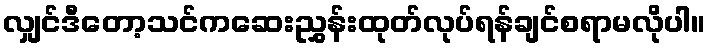
လျှင်ဒီတော့သင်ကဆေးညွှန်းထုတ်လုပ်ရန်ချင်စရာမလိုပါ။